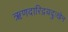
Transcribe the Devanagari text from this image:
ऋणदारिद्रयदुःखेन